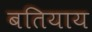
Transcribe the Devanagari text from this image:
बतियाय